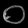
Digit: ၀